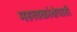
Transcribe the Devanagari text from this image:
महत्वकांक्षेचाही